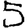
Digit: 5